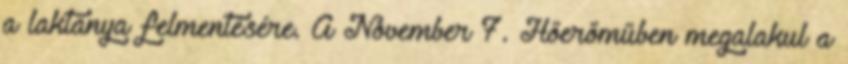
a laktanya felmentésére. A November 7. Hőerőműben megalakul a